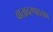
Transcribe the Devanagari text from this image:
वातावरणाइतका